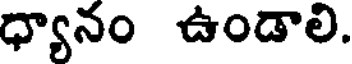
ధ్యానం ఉండాలి.